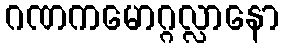
ဂဏကမောဂ္ဂလ္လာနော